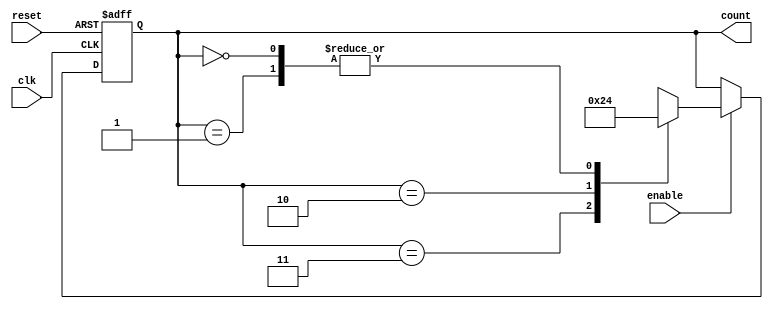
module down_counter_moore (
    input wire clk,         // Clock input
    input wire reset,       // Active high reset input
    input wire enable,      // Enable input for the counting process
    output reg [1:0] count  // 2-bit output representing the current state/counter value
);

// State encoding
parameter S3 = 2'b11;  // State 3
parameter S2 = 2'b10;  // State 2
parameter S1 = 2'b01;  // State 1
parameter S0 = 2'b00;  // State 0

// Internal state register
reg [1:0] current_state;

// Sequential logic: State transition
always @(posedge clk or posedge reset) begin
    if (reset) begin
        current_state <= S3;  // Reset to maximum value
    end else if (enable) begin
        case (current_state)
            S3: current_state <= S2;  // Transition from S3 to S2
            S2: current_state <= S1;  // Transition from S2 to S1
            S1: current_state <= S0;  // Transition from S1 to S0
            S0: current_state <= S0;  // Stay in S0 if not wrapping
            // Uncomment the line below for wrapping behavior
            // S0: current_state <= S3;  // Wrap around to S3 if needed
            default: current_state <= S3; // Default case
        endcase
    end
end

// Output logic: Moore machine output
always @(*) begin
    count = current_state;  // Output is the current state
end

endmodule